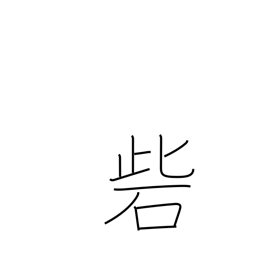
Meaning: stronghold